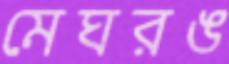
মেঘরঙ